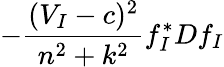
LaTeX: -\frac{(V_{I}-c)^{2}}{n^{2}+k^{2}}f_{I}^{*}Df_{I}